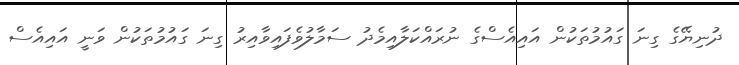
ދުނިޔޭގެ ގިނަ ގައުމުތަކުން އައިއެސްގެ ނުރައްކަލާއިމެދު ސަމާލުވެފައިވާއިރު ގިނަ ގައުމުތަކުން ވަނީ އައިއެސް